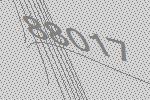
88017